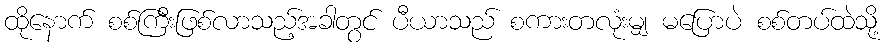
ထိုနောက် စစ်ကြီးဖြစ်လာသည့်အခါတွင် ပီယာသည် စကားတလုံးမျှ မပြောပဲ စစ်တပ်ထဲသို့